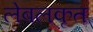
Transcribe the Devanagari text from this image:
लेबलकृत